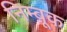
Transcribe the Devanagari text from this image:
निम्बूक